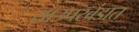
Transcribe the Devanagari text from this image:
याउपखंडात